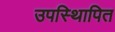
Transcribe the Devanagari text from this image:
उपस्थिापित